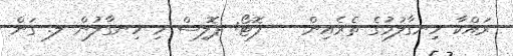
ރައްކާ ހިނގާލުމުގެ ތެރެއިން -- ފޮޓޯ: ޕޮލިސް މި ހިނގާލުން ލ. ގަން